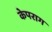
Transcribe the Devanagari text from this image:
केपराग